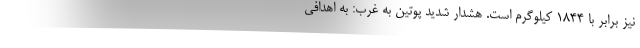
نیز برابر با 1844 کیلوگرم است. هشدار شدید پوتین به غرب: به اهدافی